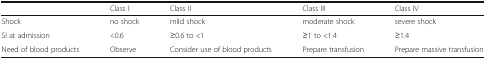
<table><thead><tr><td></td><td><b>Class I</b></td><td><b>Class II</b></td><td><b>Class III</b></td><td><b>Class IV</b></td></tr></thead><tbody><tr><td>Shock</td><td>no shock</td><td>mild shock</td><td>moderate shock</td><td>severe shock</td></tr><tr><td>SI at admission</td><td>&lt;0.6</td><td>≥0.6 to &lt;1</td><td>≥1 to &lt;1.4</td><td>≥1.4</td></tr><tr><td>Need of blood products</td><td>Observe</td><td>Consider use of blood products</td><td>Prepare transfusion</td><td>Prepare massive transfusion</td></tr></tbody></table>